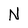
Character: N